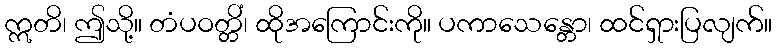
ဣတိ၊ ဤသို့။ တံပဝတ္တိံ၊ ထိုအကြောင်းကို။ ပကာသေန္တော၊ ထင်ရှားပြလျက်။